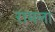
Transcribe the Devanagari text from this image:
रामला